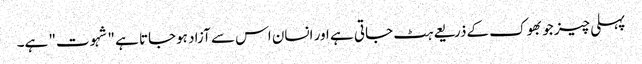
پہلی چیز جو بھوک کےذریعے ہٹ جاتی ہے اور انسان اس سے آزاد ہوجاتا ہے "شہوت" ہے۔